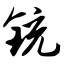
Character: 铳